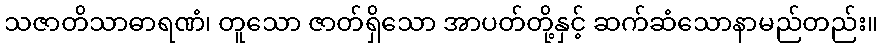
သဇာတိသာဓာရဏံ၊ တူသော ဇာတ်ရှိသော အာပတ်တို့နှင့် ဆက်ဆံသောနာမည်တည်း။